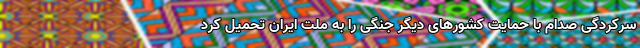
سرکردگی صدام با حمایت کشورهای دیگر جنگی را به ملت ایران تحمیل کرد